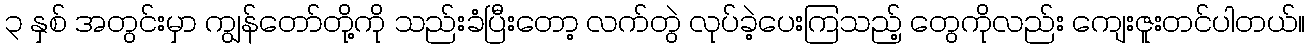
၃ နှစ် အတွင်းမှာ ကျွန်တော်တို့ကို သည်းခံပြီးတော့ လက်တွဲ လုပ်ခဲ့ပေးကြသည့် တွေကိုလည်း ကျေးဇူးတင်ပါတယ်။